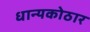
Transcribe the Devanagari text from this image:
धान्यकोठार